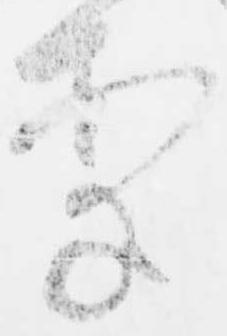
案